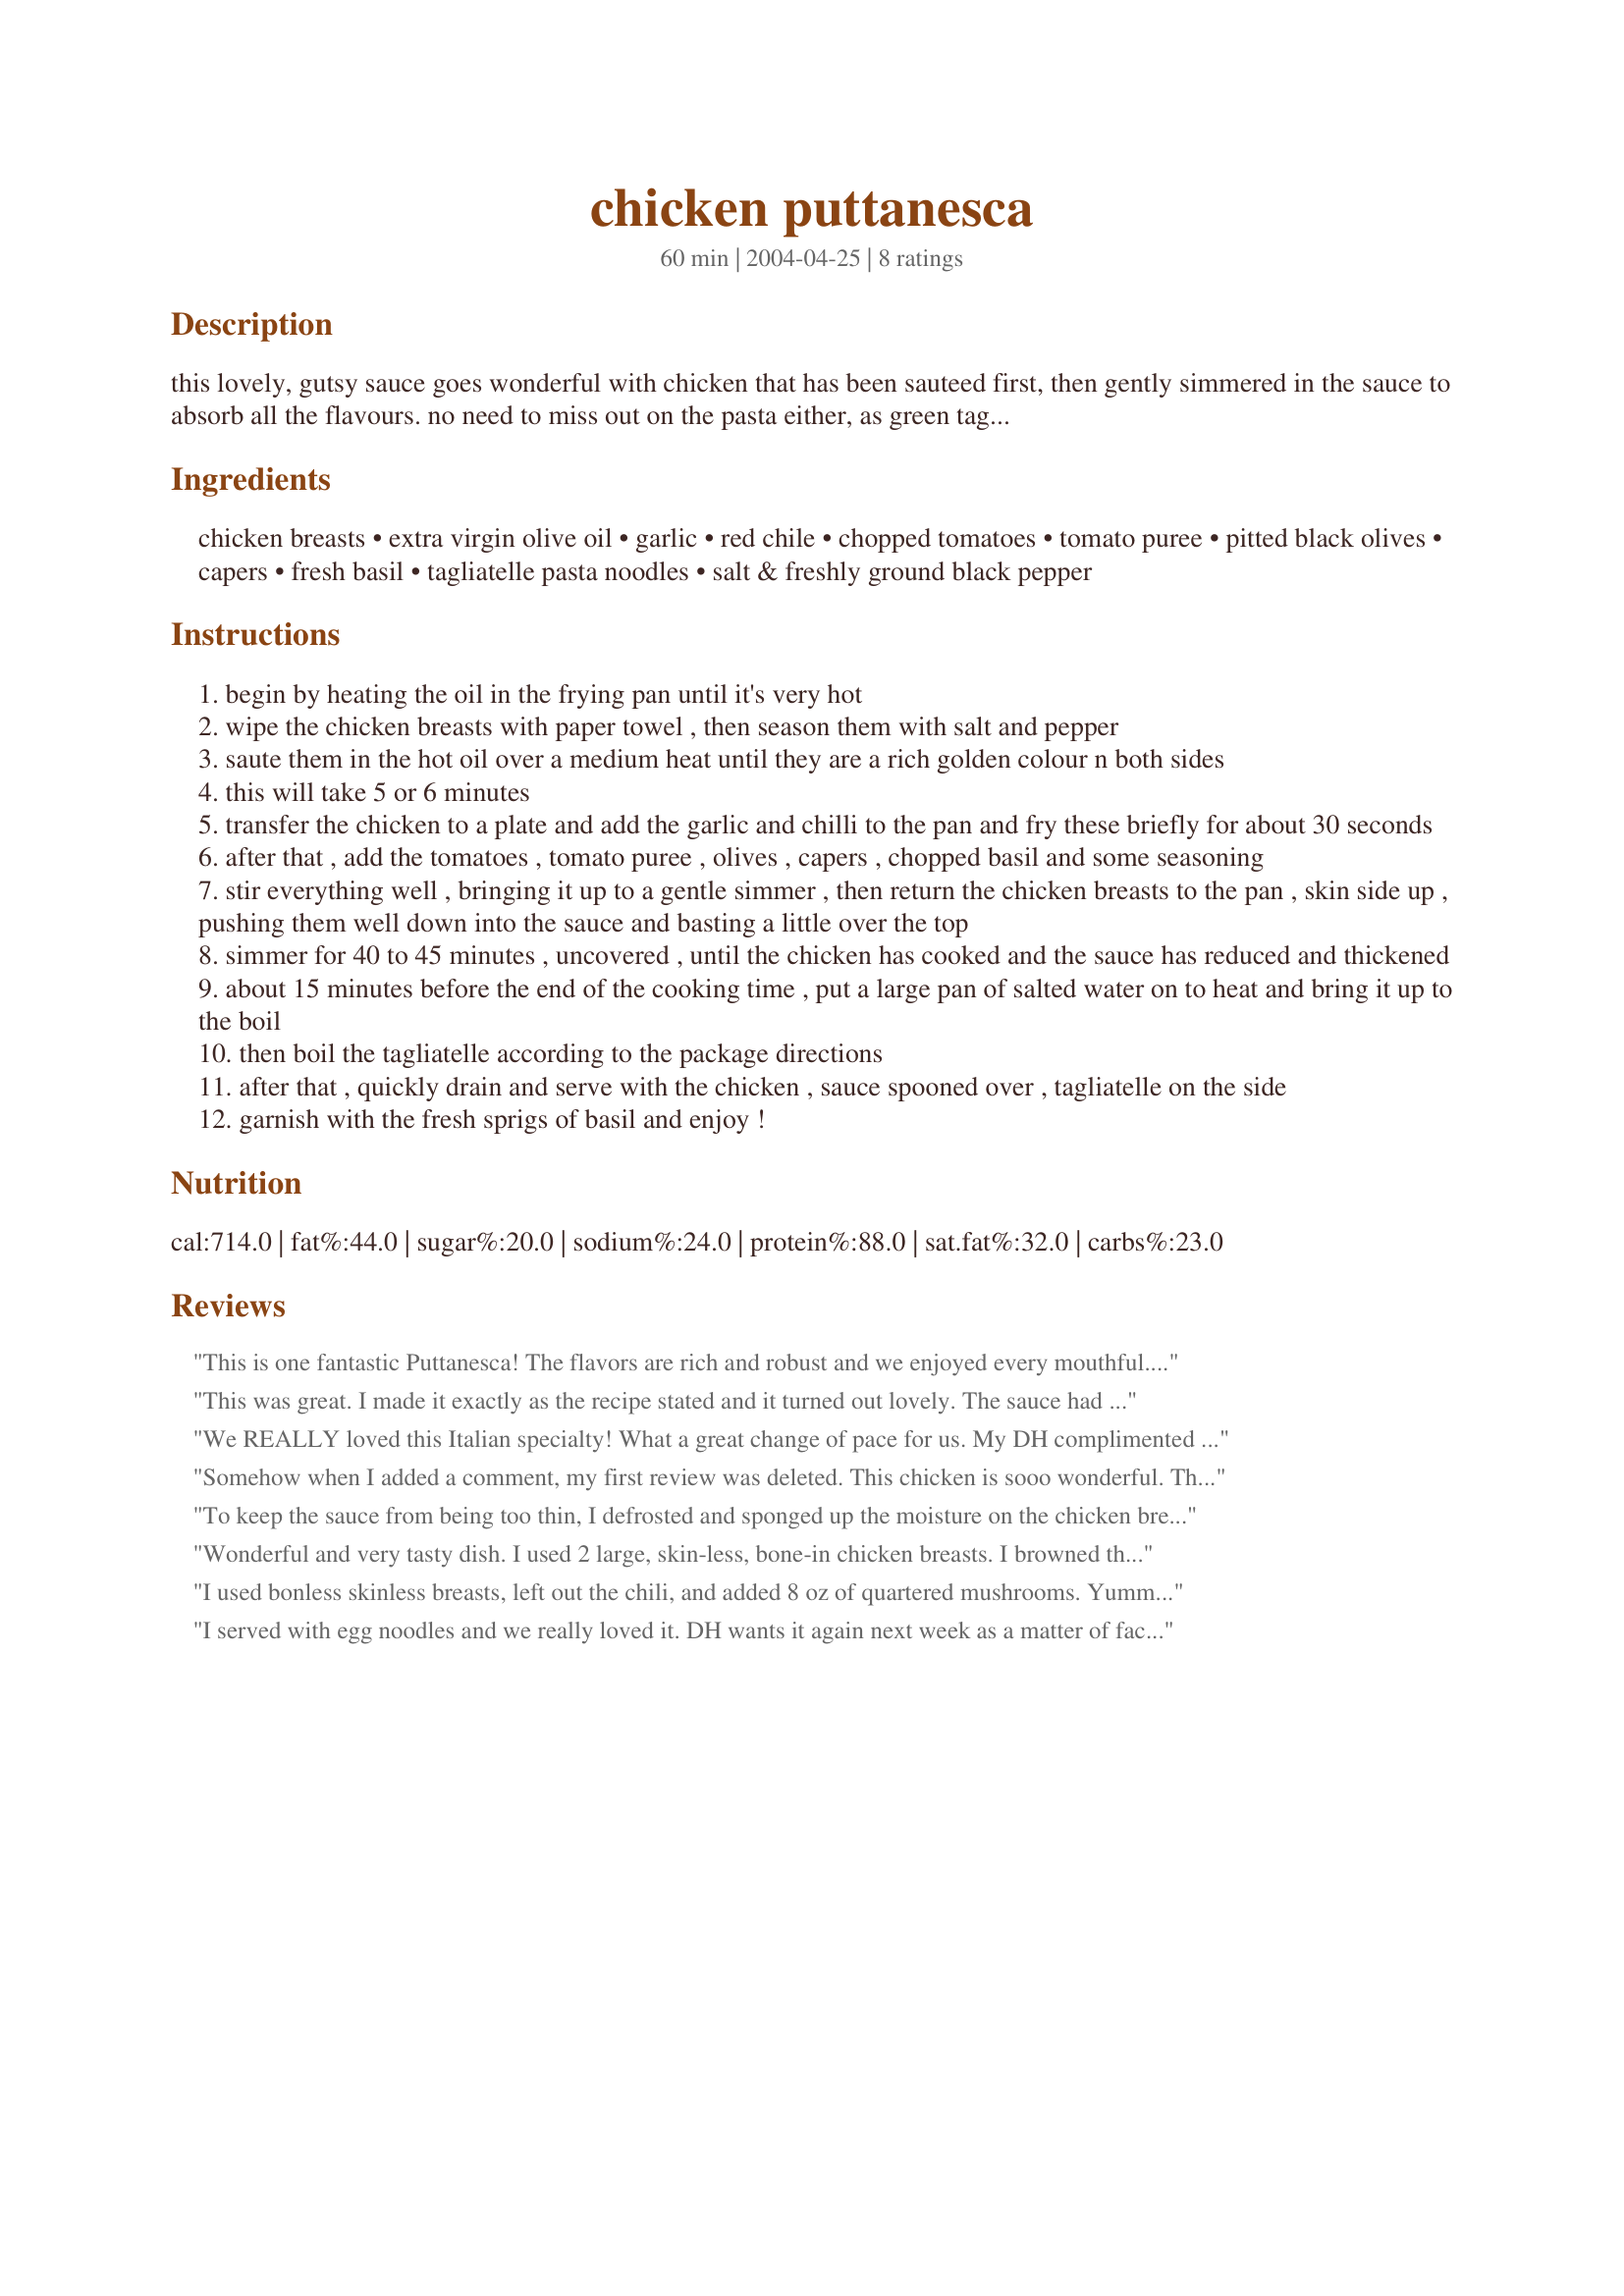
chicken puttanesca
Preparation time: 60 minutes

this lovely, gutsy sauce goes wonderful with chicken that has been sauteed first, then gently simmered in the sauce to absorb all the flavours. no need to miss out on the pasta either, as green tagliatelle is the perfect accompaniment! recipe courtesy of the delia collection: chicken. we love this!

Ingredients:
chicken breasts, extra virgin olive oil, garlic, red chile, chopped tomatoes, tomato puree, pitted black olives, capers, fresh basil, tagliatelle pasta noodles, salt & freshly ground black pepper

Steps:
begin by heating the oil in the frying pan until it's very hot
wipe the chicken breasts with paper towel , then season them with salt and pepper
saute them in the hot oil over a medium heat until they are a rich golden colour n both sides
this will take 5 or 6 minutes
transfer the chicken to a plate and add the garlic and chilli to the pan and fry these briefly for about 30 seconds
after that , add the tomatoes , tomato puree , olives , capers , chopped basil and some seasoning
stir everything well , bringing it up to a gentle simmer , then return the chicken breasts to the pan , skin side up , pushing them well down into the sauce and basting a little over the top
simmer for 40 to 45 minutes , uncovered , until the chicken has cooked and the sauce has reduced and thickened
about 15 minutes before the end of the cooking time , put a large pan of salted water on to heat and bring it up to the boil
then boil the tagliatelle according to the package directions
after that , quickly drain and serve with the chicken , sauce spooned over , tagliatelle on the side
garnish with the fresh sprigs of basil and enjoy !

Reviews:
This is one fantastic Puttanesca! The flavors are rich and robust and we enjoyed every mouthful. Had with Ziti and it was one meal that tickled our tastebuds. Delicious! Thanks for sharing this with us. Tony
This was great. I made it exactly as the recipe stated and it turned out lovely. The sauce had a delicious flavour and I am going to use OB Nurse's suggestion and try it in lasagna! Thanks for a great recipe!
We REALLY loved this Italian specialty! What a great change of pace for us. My DH complimented me between mouthfuls and told me how good it was. That's a huge effort for him, as not much really tickles his fancy very often! I am happy to say we will be having this again! Thank you for sharing!
Somehow when I added a comment, my first review was deleted. This chicken is sooo wonderful. The red chili adds a "bite" while the basil adds a sweetness, a very good combination! I did not have capers so omitted them. I served it over egg noodles, which my family prefers--you know teenage boys and spinach don't always go together.
Made this again several nights ago, but doubled the sauce ingredients after removing the chicken from the pan. Then before adding the chicken back, I removed half the sauce. I made lasagna with it and it was fantastic! My husband says it was the best lasagna I've ever made--and I've used alot of recipes.
Made for the third time, but used a crockpot and used direct from the freezer boneless, skinless breasts without browing them first. I combined all the other ingredients and added them to the crockpot first, then the frozen chicken. The flavor was the same, but chicken was more tender. It was a thinner sauce, so maybe adding more tomato puree or tomato paste would be helpful if using a crockpot. I cooked it on high for 4 hours. The times are right on for prep, it is quick, easy, and delicious! This is now one of my favorite 3 recipes from zaar!
To keep the sauce from being too thin, I defrosted and sponged up the moisture on the chicken breasts. I cut them in quarters and then put all the sauce ingredients in the crockpot before adding the chicken. I cooked on high for 4 hours. This is fabulous! Delicious sauce, as good as it gets! I highly recommend this recipe. Thanks for sharing Marie Alice!
Wonderful and very tasty dish. I used 2 large, skin-less, bone-in chicken breasts. I browned them quickly in the oil then added the remaining ingredients. I did hold the basil until the end when I stirred it in just before serving. Also, I didn't have a chile, so I used a couple shakes of red chile flakes. I used Kalamata olives and did add the capers. I served over bow tie pasta. The sauce is full of flavor. You won't even notice how low fat it is. With 2 oz of pasta, half a chicken breast and 1/4 of the sauce the dish comes to 9 WW points.
I used bonless skinless breasts, left out the chili, and added 8 oz of quartered mushrooms. Yummy! Even my DD loved the chicken without the sauce.
I served with egg noodles and we really loved it. DH wants it again next week as a matter of fact! Thanks to you, my dinner really impressed the family, and I thank you!
